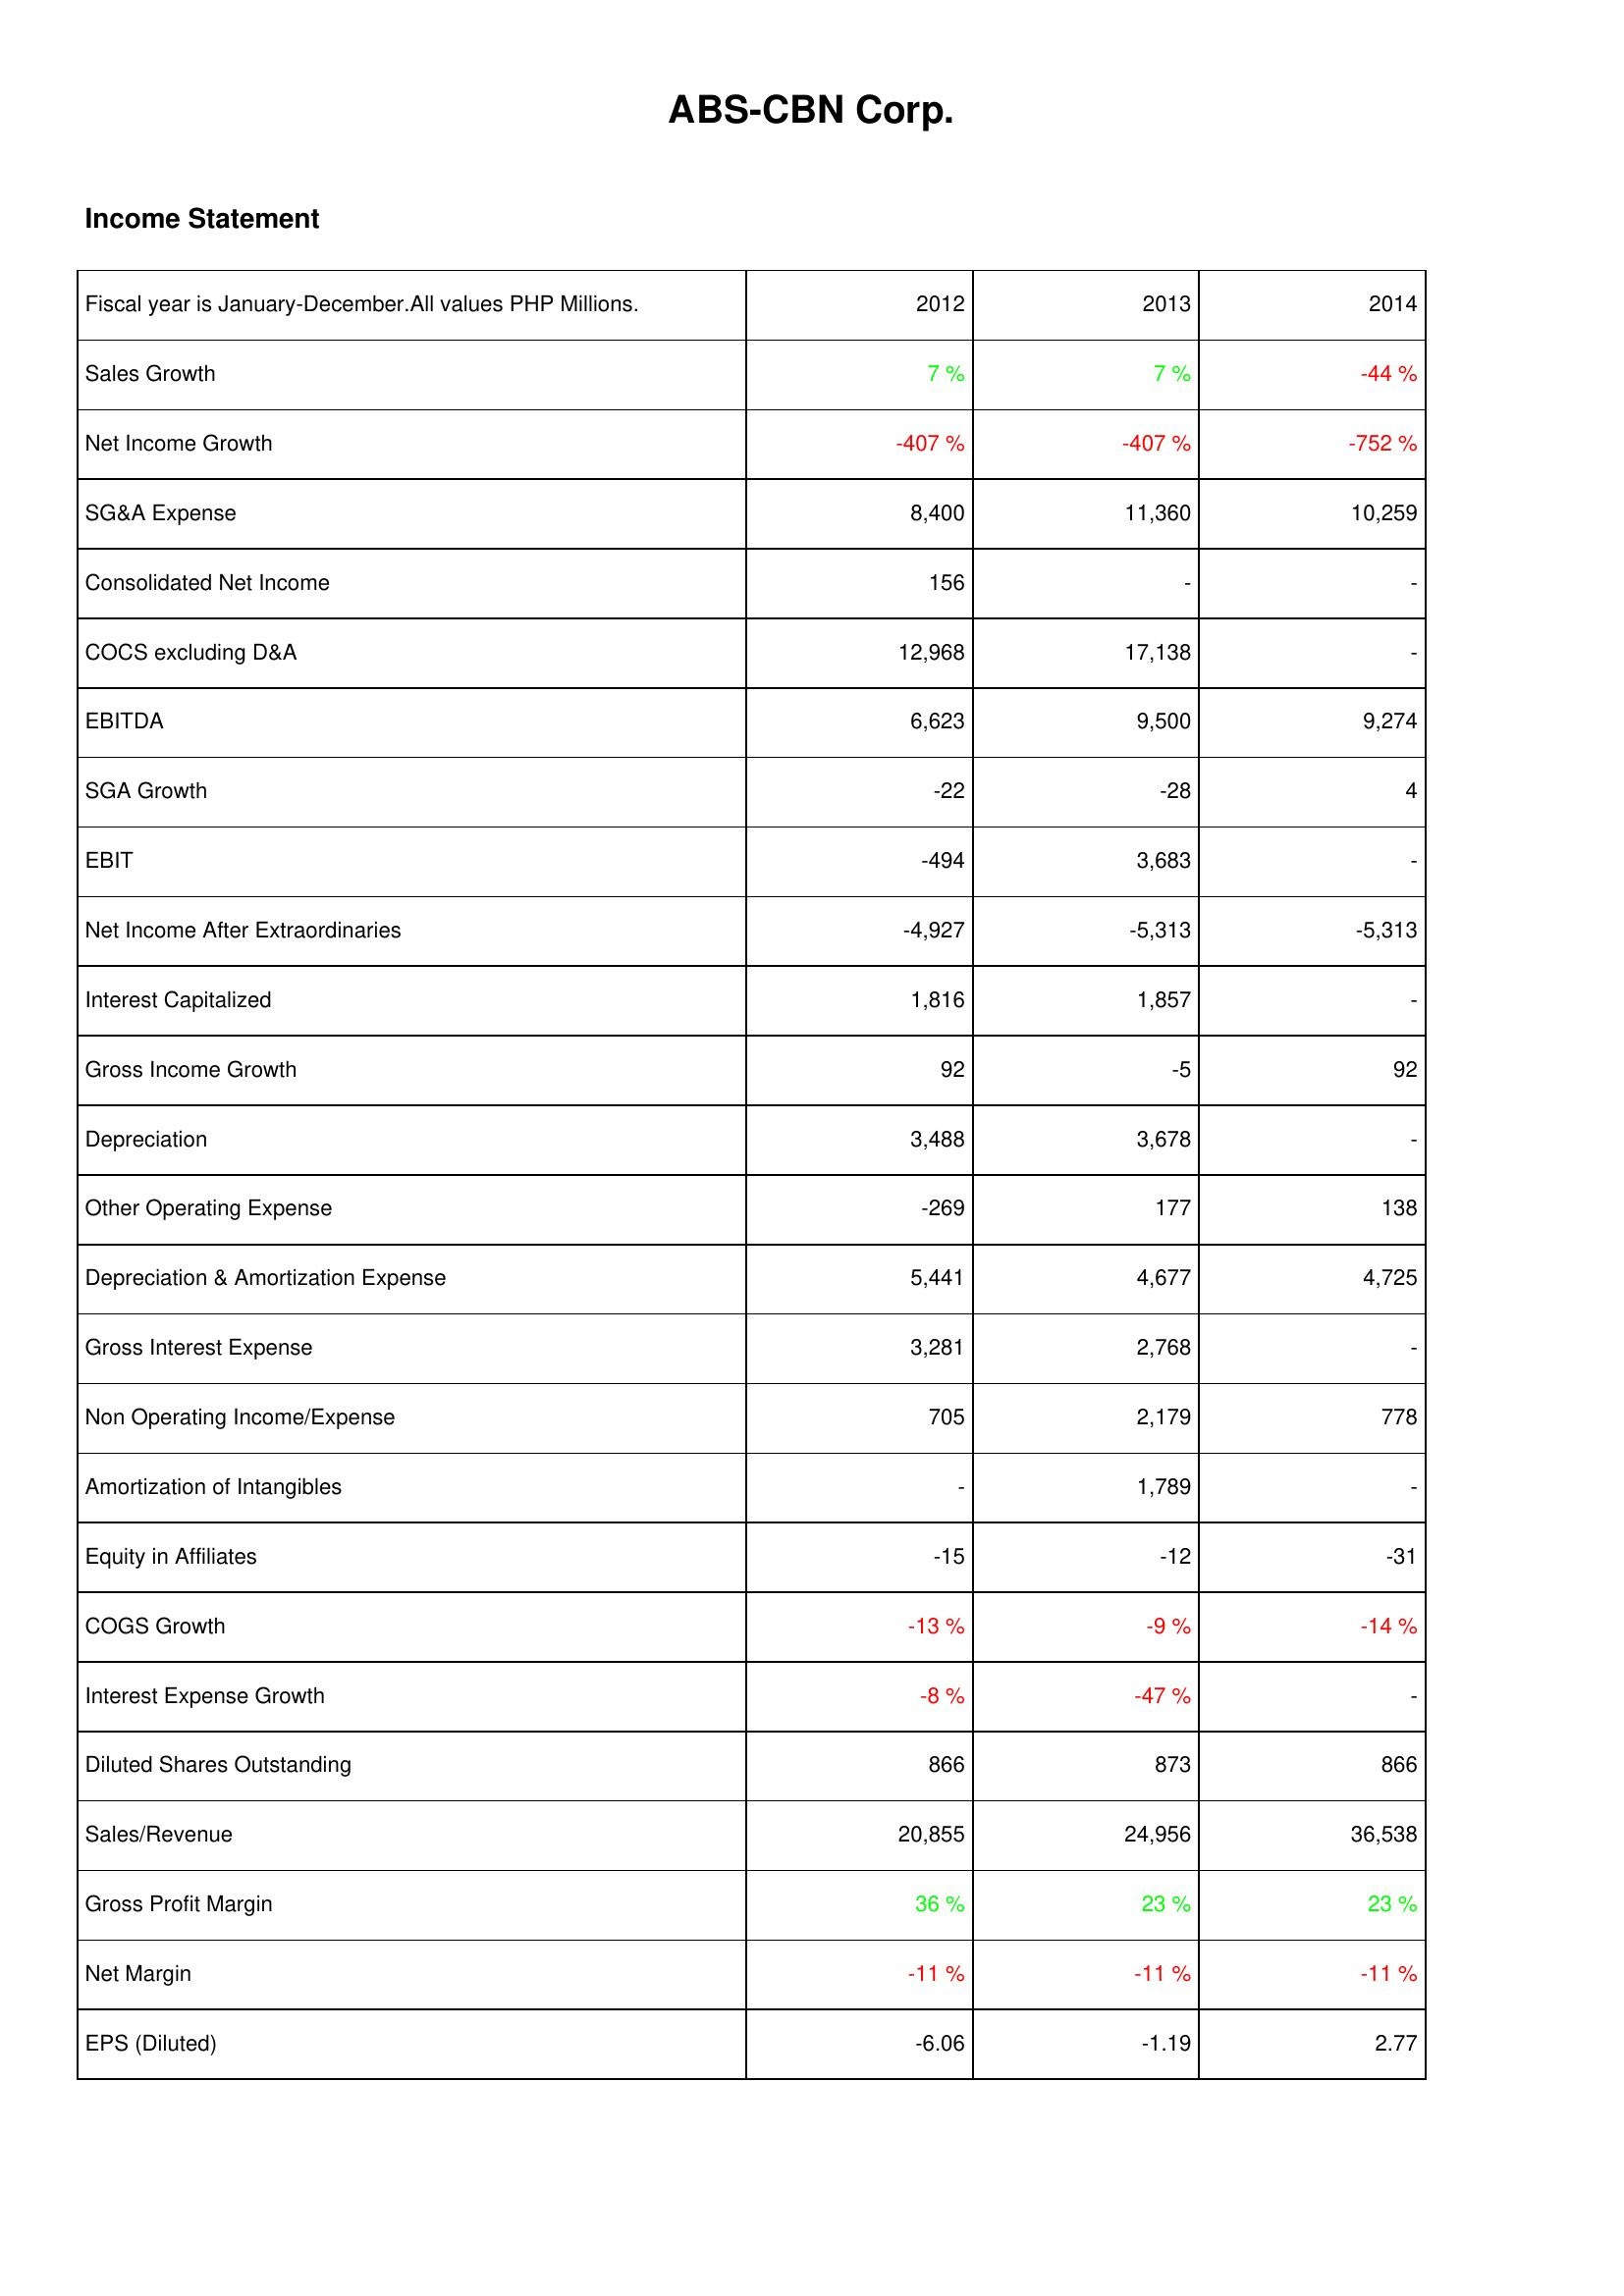
2012: Income Statement: Sales Growth: 7 %
Net Income Growth: -407 %
SG&A Expense: 8,400
Consolidated Net Income: 156
COCS excluding D&A: 12,968
EBITDA: 6,623
SGA Growth: -22
EBIT: -494
Net Income After Extraordinaries: -4,927
Interest Capitalized: 1,816
Gross Income Growth: 92
Depreciation: 3,488
Other Operating Expense: -269
Depreciation & Amortization Expense: 5,441
Gross Interest Expense: 3,281
Non Operating Income/Expense: 705
Amortization of Intangibles: -
Equity in Affiliates: -15
COGS Growth: -13 %
Interest Expense Growth: -8 %
Diluted Shares Outstanding: 866
Sales/Revenue: 20,855
Gross Profit Margin: 36 %
Net Margin: -11 %
EPS (Diluted): -6.06
2013: Income Statement: Sales Growth: 7 %
Net Income Growth: -407 %
SG&A Expense: 11,360
Consolidated Net Income: -
COCS excluding D&A: 17,138
EBITDA: 9,500
SGA Growth: -28
EBIT: 3,683
Net Income After Extraordinaries: -5,313
Interest Capitalized: 1,857
Gross Income Growth: -5
Depreciation: 3,678
Other Operating Expense: 177
Depreciation & Amortization Expense: 4,677
Gross Interest Expense: 2,768
Non Operating Income/Expense: 2,179
Amortization of Intangibles: 1,789
Equity in Affiliates: -12
COGS Growth: -9 %
Interest Expense Growth: -47 %
Diluted Shares Outstanding: 873
Sales/Revenue: 24,956
Gross Profit Margin: 23 %
Net Margin: -11 %
EPS (Diluted): -1.19
2014: Income Statement: Sales Growth: -44 %
Net Income Growth: -752 %
SG&A Expense: 10,259
Consolidated Net Income: -
COCS excluding D&A: -
EBITDA: 9,274
SGA Growth: 4
EBIT: -
Net Income After Extraordinaries: -5,313
Interest Capitalized: -
Gross Income Growth: 92
Depreciation: -
Other Operating Expense: 138
Depreciation & Amortization Expense: 4,725
Gross Interest Expense: -
Non Operating Income/Expense: 778
Amortization of Intangibles: -
Equity in Affiliates: -31
COGS Growth: -14 %
Interest Expense Growth: -
Diluted Shares Outstanding: 866
Sales/Revenue: 36,538
Gross Profit Margin: 23 %
Net Margin: -11 %
EPS (Diluted): 2.77